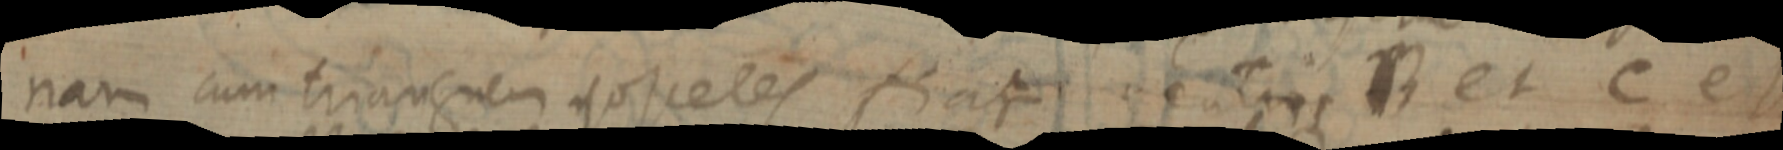
nam cum trianguem _osseles fiat centris B et C et